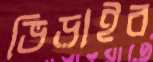
ভিড়াইব